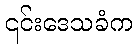
၎င်းဒေသခံက